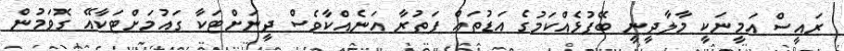
ރައީސް އަމީނަކީ މާލާދީނީ ބޭފުޅެއްކަމުގެ އަޑުތައް ފަތުރާ އަނެއްކާވެސް ދީނަށްޓަކާ ގައުމަށްޓަކާއޭ ގޮވަމުން